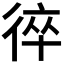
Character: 𢔙